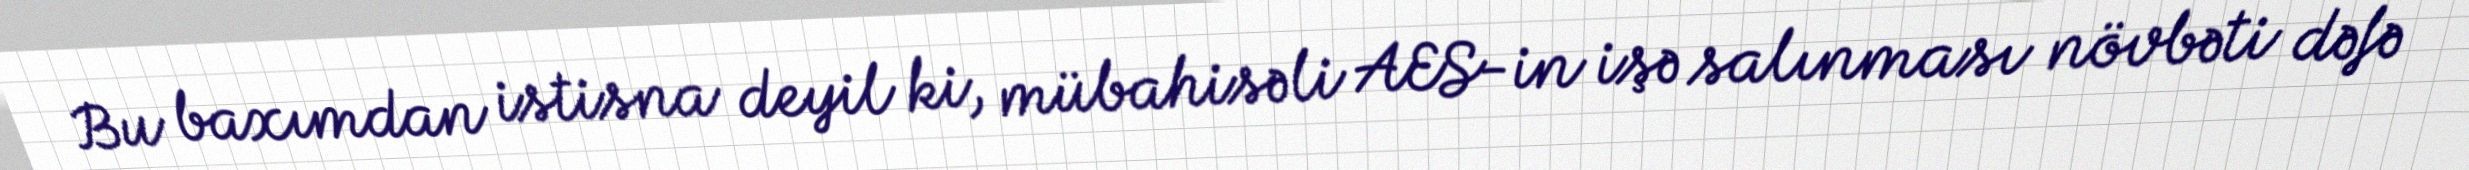
Bu baxımdan istisna deyil ki, mübahisəli AES-in işə salınması növbəti dəfə